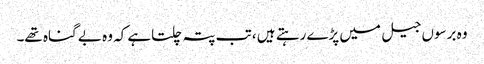
وہ برسوں جیل میں پڑے رہتے ہیں ، تب پتہ چلتاہے کہ وہ بے گناہ تھے۔